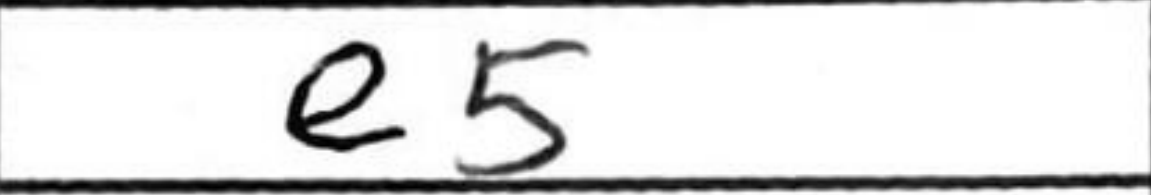
Transcription: e5